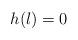
LaTeX: \begin{align*}h(l)=0 \end{align*}